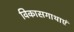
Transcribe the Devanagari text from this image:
विकासगाथाएं